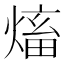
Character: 𱫺